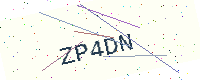
Text: ZP4DN